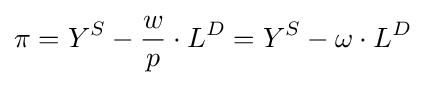
\pi =Y^{S}-{\frac {w}{p}}\cdot L^{D}=Y^{S}-\omega \cdot L^{D}